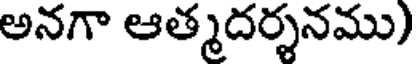
అనగా ఆత్మదర్శనము)